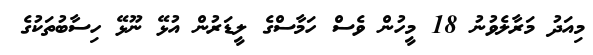
މިއަދު މަރާލެވުނު 18 މީހުން ވެސް ހަމާސްގެ ލީޑަރުން އުޅޭ ނޫޅޭ ހިސާބުތަކުގެ